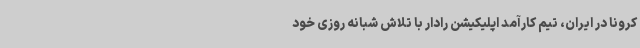
کرونا در ایران، تیم کارآمد اپلیکیشن رادار با تلاش شبانه روزی خود